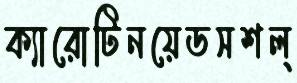
ক্যারোটিনয়েডসশল্